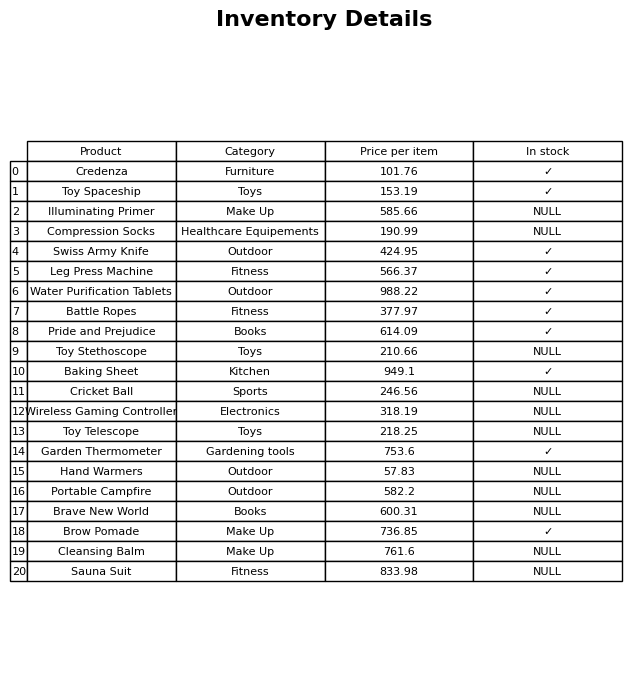
question: What category does the Battle Ropes belong to?
answer: Fitness